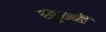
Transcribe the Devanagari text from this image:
खुम्बों